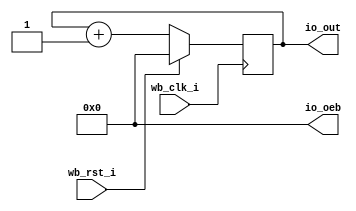
module user_proj_example (
`ifdef USE_POWER_PINS
    inout vccd1,	// User area 1 1.8V supply  
    inout vssd1,	// User area 1 digital ground  
`endif  
    input  wb_clk_i,
    input  wb_rst_i,
    
    output reg [3:0] io_out,
    output wire [3:0] io_oeb
);
    assign io_oeb = 4'b0000000;
   
   

    `ifdef COCOTB_SIM
        initial begin
            $dumpfile ("user_proj_example.vcd");
            $dumpvars (0, user_proj_example);
            #1;
        end
        localparam MAX_COUNT = 100;
    `else
        localparam MAX_COUNT = 100;
    `endif


     always @(posedge wb_clk_i) begin
        if (wb_rst_i) begin
           io_out <= 4'd0; // Reset to 0 on rising edge of rst
        end else begin
           io_out <= io_out + 4'd1; // Increment on rising edge of clk
        end
    end

    endmodule